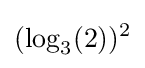
(\log _{3}(2))^{2}